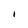
Character: i